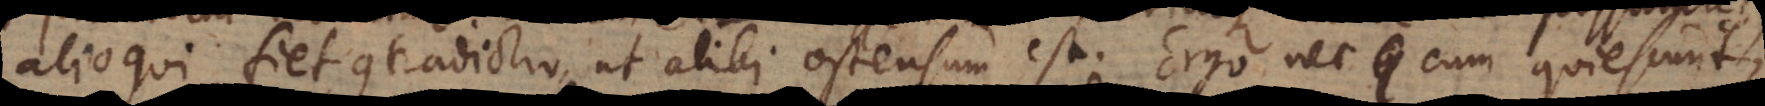
alioqui fiet contradictio, ut alibi ostensum est. Ergo nec cum quiescunt,